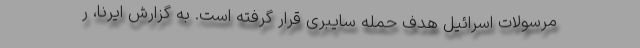
مرسولات اسرائیل هدف حمله سایبری قرار گرفته است. به گزارش ایرنا، ر